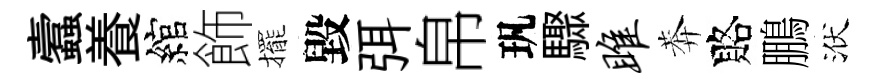
蠧養綰飾擺毀弭帛㺬驟雎莾賂鵬洑